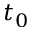
t _ { 0 }